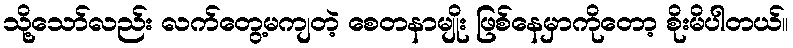
သို့သော်လည်း လက်တွေ့မကျတဲ့ စေတနာမျိုး ဖြစ်နေမှာကိုတော့ စိုးမိပါတယ်။